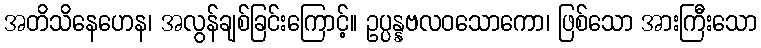
အတိသိနေဟေန၊ အလွန်ချစ်ခြင်းကြောင့်။ ဥပ္ပန္နဗလဝသောကော၊ ဖြစ်သော အားကြီးသော